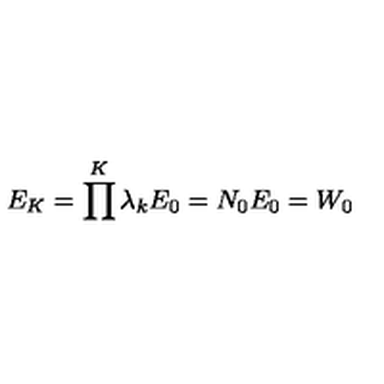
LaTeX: E _ { K } = \prod ^ { K } \lambda _ { k } E _ { 0 } = N _ { 0 } E _ { 0 } = W _ { 0 }